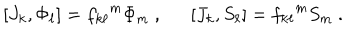
[ J _ { k } , \Phi _ { \ell } ] = { f _ { k \ell } } ^ { m } \Phi _ { m } ~ , [ J _ { k } , S _ { \ell } ] = { f _ { k \ell } } ^ { m } S _ { m } ~ .